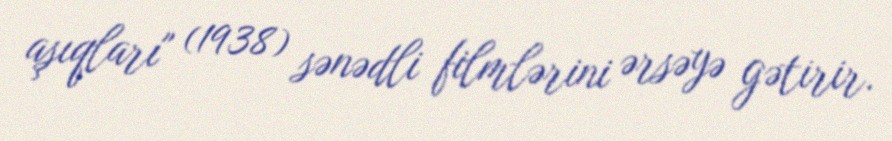
aşıqları" (1938) sənədli filmlərini ərsəyə gətirir.